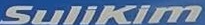
SuliKim